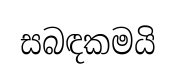
සබඳකමයි